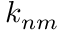
k _ { n m }